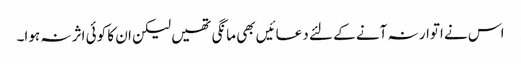
اس نے اتوار نہ آنے کے لئے دعائیں بھی مانگی تھیں لیکن ان کا کوئی اثر نہ ہوا۔